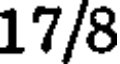
17/8